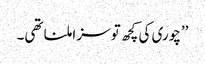
’’چوری کی کچھ تو سزا ملنا تھی۔